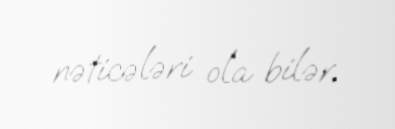
nəticələri ola bilər.